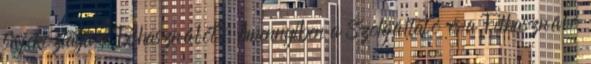
tájékoztatja a Felhasználót. Amennyiben a Szolgáltató és a Felhasználó